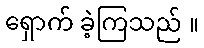
ရှောက် ခဲ့ကြသည် ။